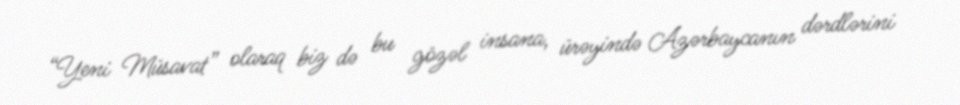
“Yeni Müsavat” olaraq biz də bu gözəl insana, ürəyində Azərbaycanın dərdlərini